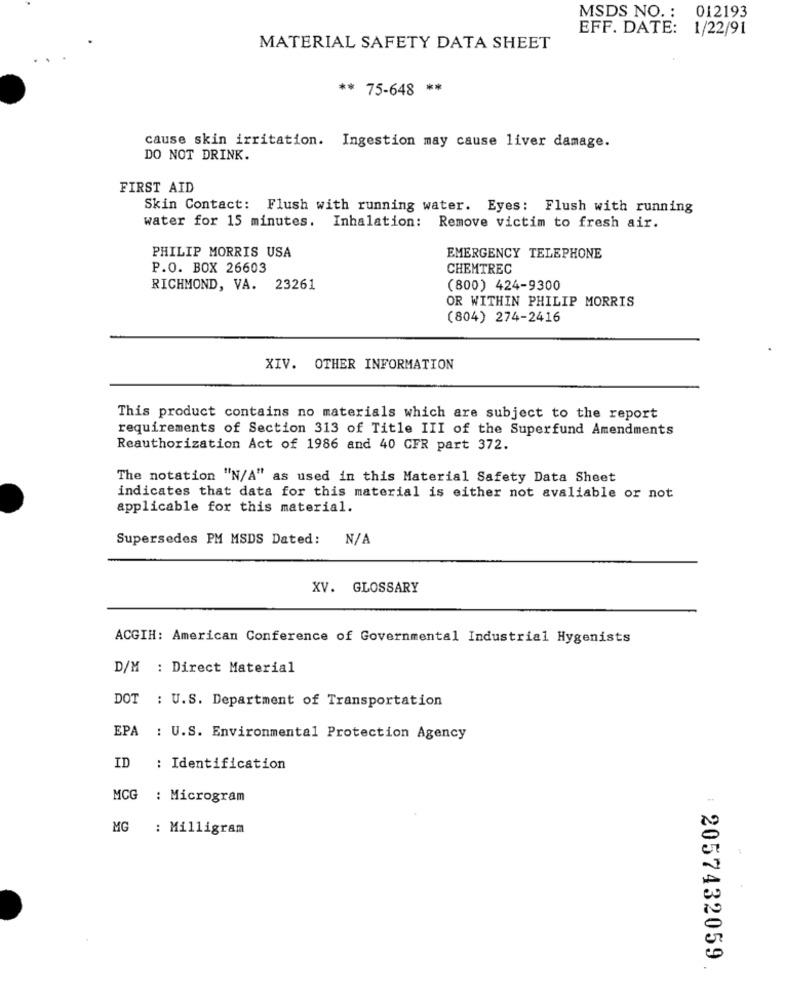
MSDS NO. : 012193
EFF. DATE: 1/22/91
MATERIAL SAFETY DATA SHEET
** 75-648 *
cause skin irritation. Ingestion may cause liver damage.
DO NOT DRINK.
FIRST AID
Skin Contact: Flush with running water. Eyes: Flush with running
water for 15 minutes. Inhalation: Remove victim to fresh air.
PHILIP MORRIS USA
EMERGENCY TELEPHONE
P.O. BOX 26603
CHEMTREC
RICHMOND, VA. 23261
(800) 424-9300
OR WITHIN PHILIP MORRIS
(804) 274-2416
XIV. OTHER INFORMATION
This product contains no materials which are subject to the report
requirements of Section 313 of Title III of the Superfund Amendments
Reauthorization Act of 1986 and 40 CFR part 372.
The notation "N/A" as used in this Material Safety Data Sheet
indicates that data for this material is either not avaliable or not
applicable for this material.
Supersedes PM MSDS Dated:
XV. GLOSSARY
ACGIH: American Conference of Governmental Industrial Hygenists
D/M : Direct Material
DOT : U.S. Department of Transportation
EPA
: U.S. Environmental Protection Agency
ID
: Identification
MCG
: Microgram
MG
: Milligram
2057432059